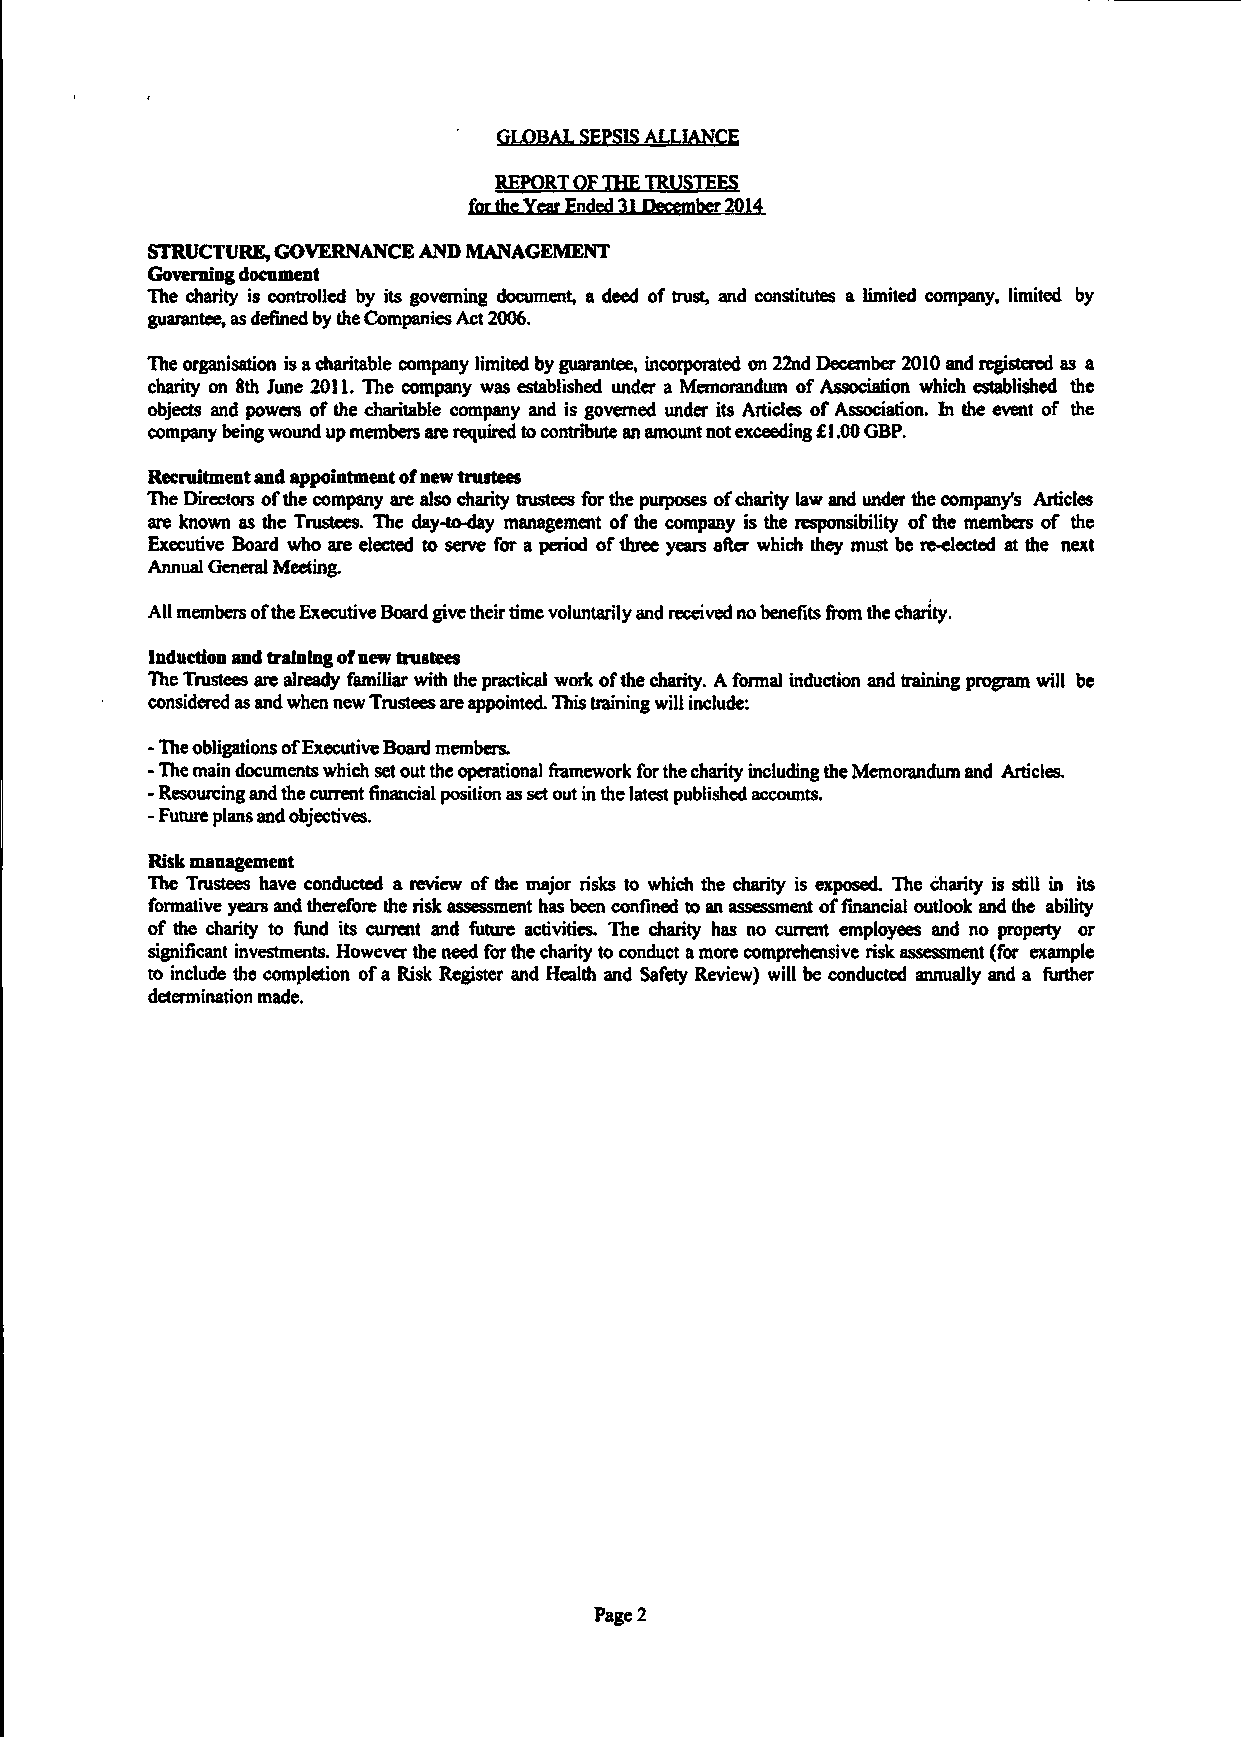
GLOBAL SEPSIS ALLIANCE
 REPORT OF THE TRUSTEES
 for the Year Ended 31 December 2014
 STRUCTURE, GOVERNANCE AND MANAGEMENT
 Governing document
 The charity is controlled by its governing document, a deed of trust, and constitutes a limited company, limited by
 guarantee, as defined by the Companies Act 2006.
 The organisation is a charitable company limited by guarantee, incorporated on 22nd December 2010 and registered as a
 charity on 8th June 2011. The company was established under a Memorandum of Association which established the
 objects and powers of the charitable company and is governed under its Articles of Association, hi the event of the
 company being wound up members are required to contribute an amount not exceeding £1.00 GBP.
 Recruitment and appointment of new trustees
 The Directors of the company are also charity trustees for the purposes of charity law and under the company's Articles
 are known as the Trustees. The day-to-day management of the company is the responsibility of the members of the
 Executive Board who are elected to serve for a period of three years after which they must be re-elected at the next
 Annual General Meeting.
 All members of the Executive Board give their time voluntarily and received no benefits from the charity.
 Induction and training of new trustees
 The Trustees are already familiar with the practical work of the charity. A formal induction and training program will be
 considered as and when new Trustees are appointed. This training will include:
 - The obligations of Executive Board members.
 - The main documents which set out the operational framework for the charity including the Memorandum and Articles.
 - Resourcing and the current financial position as set out in the latest published accounts.
 - Future plans and objectives.
 Risk management
 The Trustees have conducted a review of the major risks to which the charity is exposed. The charity is still in its
 formative years and therefore the risk assessment has been confined to an assessment of financial outlook and the ability
 of the charity to fund its current and future activities. The charity has no current employees and no property or
 significant investments. However the need for the charity to conduct a more comprehensive risk assessment (for example
 to include the completion of a Risk Register and Health and Safety Review) wiil be conducted annually and a further
 determination made.
 Page 2